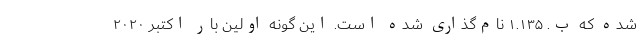
شده که ب. ۱.۱۳۵ نام‌گذاری شده‌ است. این گونه اولین بار اکتبر ۲۰۲۰